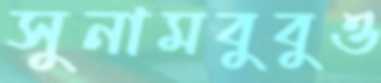
সুনামবুবুও